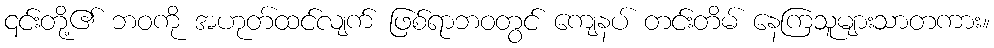
၎င်းတို့၏ ဘဝကို အဟုတ်ထင်လျက် ဖြစ်ရာဘဝတွင် ကျေနပ် တင်းတိမ် နေကြသူများသာတကား။